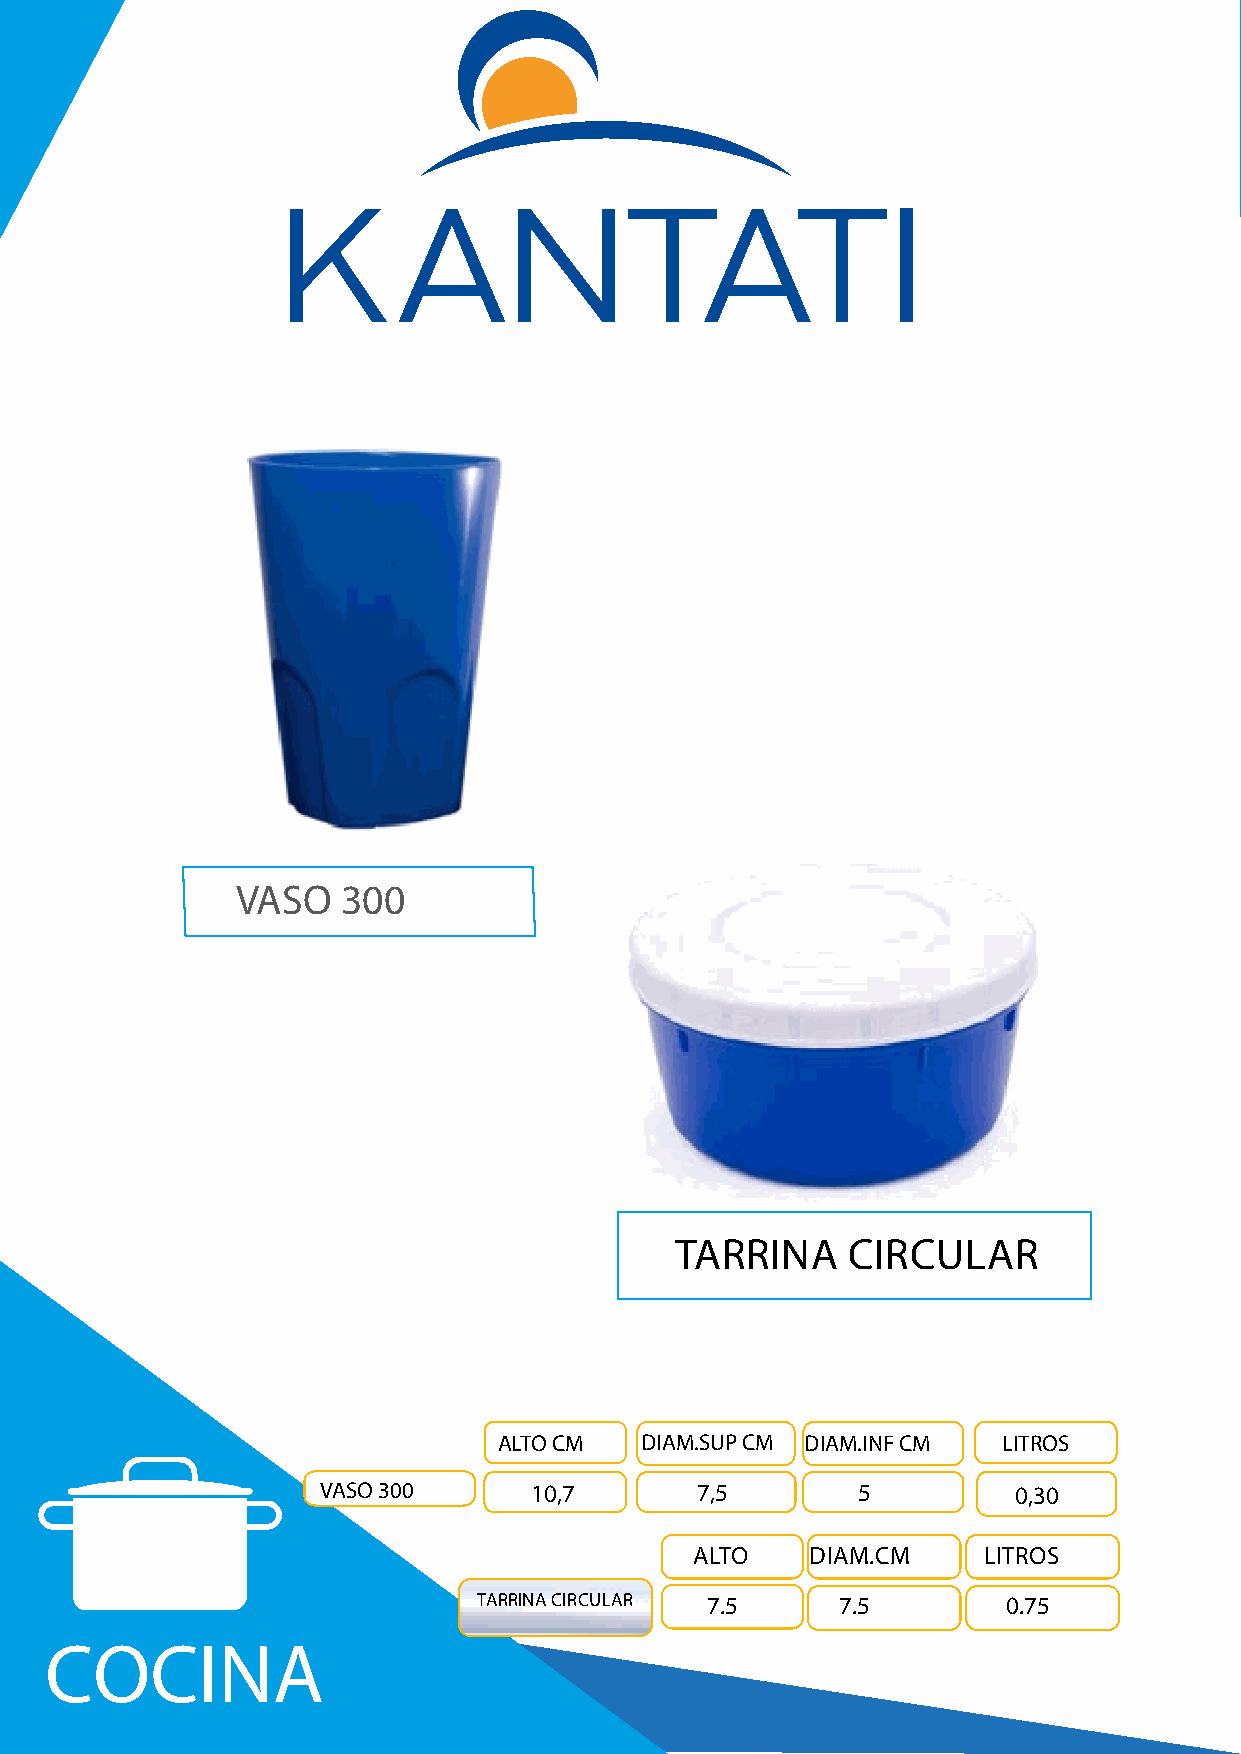
VASO   300
 TARRINA    CIRCULAR
 ALTO CM  DIAM.SUP CM DIAM.INF CM LITROS
 VASO 300      10,7       7,5        5         0,30
 ALTO    DIAM.CM    LITROS
 TARRINA CIRCULAR 7.5   7.5         0.75
 COCINA